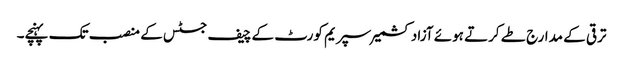
ترقی کے مدارج طے کرتے ہوئے آزادکشمیر سپریم کورٹ کے چیف جسٹس کے منصب تک پہنچے۔